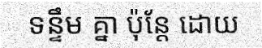
ទន្ទឹម គ្នា ប៉ុន្តែ ដោយ